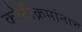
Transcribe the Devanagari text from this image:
कोटीक्रमांनाच